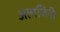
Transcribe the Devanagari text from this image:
अल्पजिवी